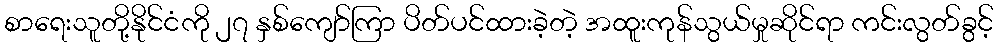
စာရေးသူတို့နိုင်ငံကို ၂၇ နှစ်ကျော်ကြာ ပိတ်ပင်ထားခဲ့တဲ့ အထူးကုန်သွယ်မှုဆိုင်ရာ ကင်းလွတ်ခွင့်